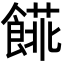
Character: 𩝨